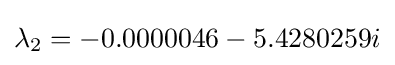
\lambda _{2}=-0.0000046-5.4280259i